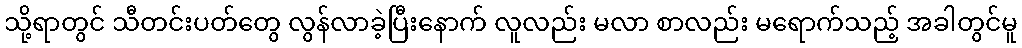
သို့ရာတွင် သီတင်းပတ်တွေ လွန်လာခဲ့ပြီးနောက် လူလည်း မလာ စာလည်း မရောက်သည့် အခါတွင်မူ